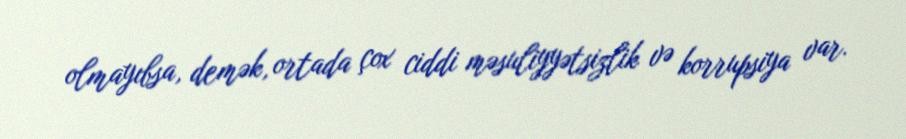
olmayıbsa, demək, ortada çox ciddi məsuliyyətsizlik və korrupsiya var.